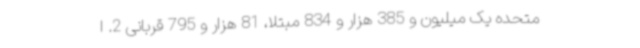
متحده یک میلیون و 385 هزار و 834 مبتلا، 81 هزار و 795 قربانی 2. ا